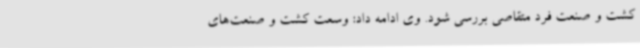
کشت و صنعت فرد متقاصی بررسی شود. وی ادامه داد: وسعت کشت و صنعت‌های